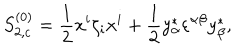
S _ { 2 , c } ^ { ( 0 ) } = { \frac { 1 } { 2 } } x ^ { i } \zeta _ { i } x ^ { i } + { \frac { 1 } { 2 } } y _ { \alpha } ^ { * } \varepsilon ^ { \alpha \beta } y _ { \beta } ^ { * } ,